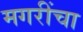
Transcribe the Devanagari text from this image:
मगरींचा